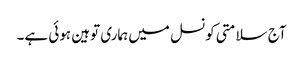
آج سلامتی کونسل میں ہماری توہین ہوئی ہے۔